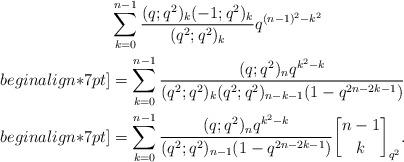
LaTeX: \begin{align*}&\sum_{k=0}^{n-1}\frac{(q;q^2)_k(-1;q^2)_k}{(q^2;q^2)_k}q^{(n-1)^2-k^2}\\begin{align*}7pt]&=\sum_{k=0}^{n-1}\frac{(q;q^2)_n q^{k^2-k}}{(q^2;q^2)_k (q^2;q^2)_{n-k-1}(1-q^{2n-2k-1})}\\begin{align*}7pt]&=\sum_{k=0}^{n-1}\frac{(q;q^2)_n q^{k^2-k}}{(q^2;q^2)_{n-1}(1-q^{2n-2k-1})}{n-1\brack k}_{q^2}.\end{align*}